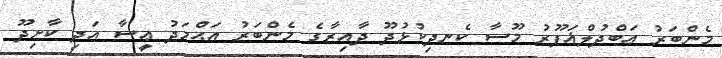
މެންބަރު ޢަބްދުލްޣަފޫރު މޫސާ ކެނދިކުޅުދޫ ދާއިރާގެ މެންބަރު އަޙްމަދު ޢީސާ އަދި ކާށިދޫ